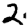
Digit: 2